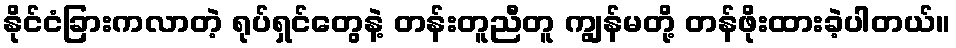
နိုင်ငံခြားကလာတဲ့ ရုပ်ရှင်တွေနဲ့ တန်းတူညီတူ ကျွန်မတို့ တန်ဖိုးထားခဲ့ပါတယ်။